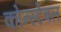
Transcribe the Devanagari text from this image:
कोन्स्टेबल